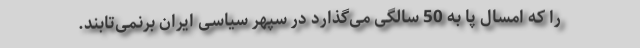
را که امسال پا به 50 سالگی می‌گذارد در سپهر سیاسی ایران برنمی‌تابند.